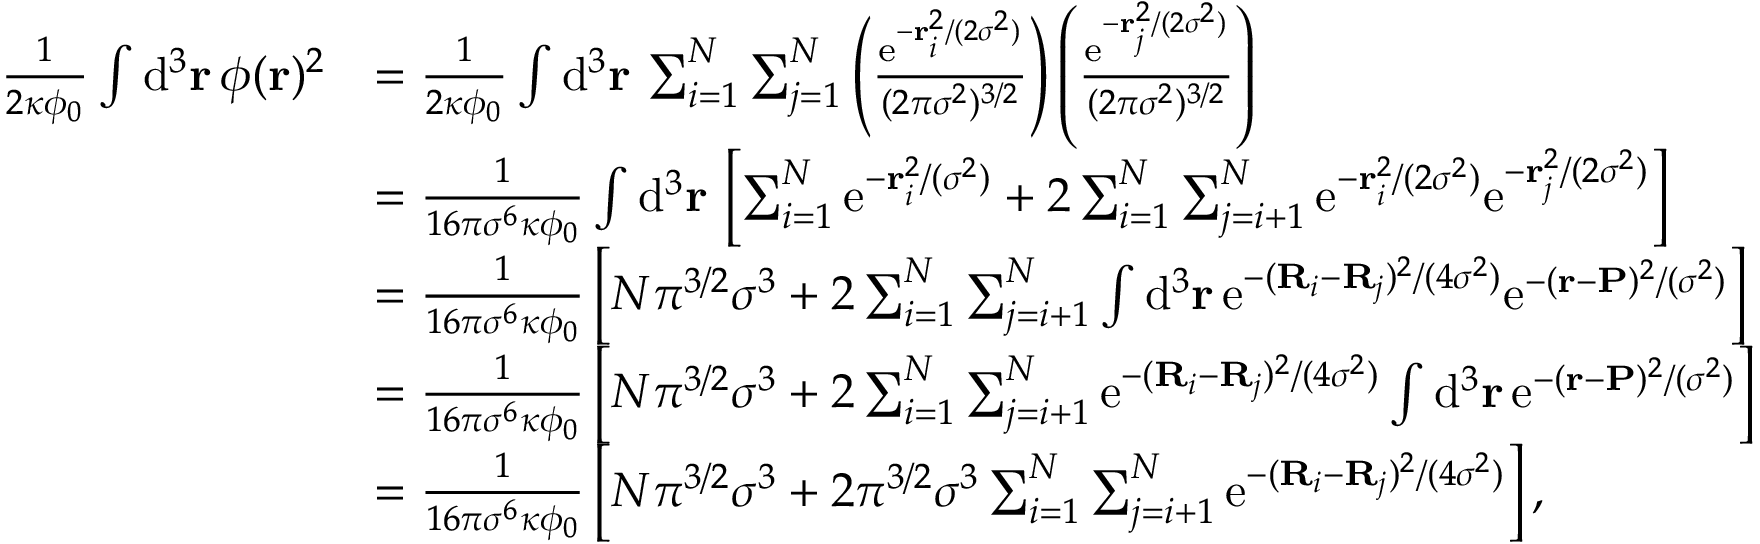
\begin{array} { r l } { \frac { 1 } { 2 \kappa \phi _ { 0 } } \int \mathrm { d } ^ { 3 } \mathbf { r } \, \phi ( \mathbf { r } ) ^ { 2 } } & { = \frac { 1 } { 2 \kappa \phi _ { 0 } } \int \mathrm { d } ^ { 3 } \mathbf { r } \, \sum _ { i = 1 } ^ { N } \sum _ { j = 1 } ^ { N } \left( \frac { \mathrm { e } ^ { - \mathbf { r } _ { i } ^ { 2 } / ( 2 \sigma ^ { 2 } ) } } { ( 2 \pi \sigma ^ { 2 } ) ^ { 3 / 2 } } \right) \left( \frac { \mathrm { e } ^ { - \mathbf { r } _ { j } ^ { 2 } / ( 2 \sigma ^ { 2 } ) } } { ( 2 \pi \sigma ^ { 2 } ) ^ { 3 / 2 } } \right) } \\ & { = \frac { 1 } { 1 6 \pi \sigma ^ { 6 } \kappa \phi _ { 0 } } \int \mathrm { d } ^ { 3 } \mathbf { r } \, \left[ \sum _ { i = 1 } ^ { N } \mathrm { e } ^ { - \mathbf { r } _ { i } ^ { 2 } / ( \sigma ^ { 2 } ) } + 2 \sum _ { i = 1 } ^ { N } \sum _ { j = i + 1 } ^ { N } \mathrm { e } ^ { - \mathbf { r } _ { i } ^ { 2 } / ( 2 \sigma ^ { 2 } ) } \mathrm { e } ^ { - \mathbf { r } _ { j } ^ { 2 } / ( 2 \sigma ^ { 2 } ) } \right] } \\ & { = \frac { 1 } { 1 6 \pi \sigma ^ { 6 } \kappa \phi _ { 0 } } \left[ N \pi ^ { 3 / 2 } \sigma ^ { 3 } + 2 \sum _ { i = 1 } ^ { N } \sum _ { j = i + 1 } ^ { N } \int \mathrm { d } ^ { 3 } \mathbf { r } \, \mathrm { e } ^ { - ( \mathbf { R } _ { i } - \mathbf { R } _ { j } ) ^ { 2 } / ( 4 \sigma ^ { 2 } ) } \mathrm { e } ^ { - ( \mathbf { r } - \mathbf { P } ) ^ { 2 } / ( \sigma ^ { 2 } ) } \right] } \\ & { = \frac { 1 } { 1 6 \pi \sigma ^ { 6 } \kappa \phi _ { 0 } } \left[ N \pi ^ { 3 / 2 } \sigma ^ { 3 } + 2 \sum _ { i = 1 } ^ { N } \sum _ { j = i + 1 } ^ { N } \mathrm { e } ^ { - ( \mathbf { R } _ { i } - \mathbf { R } _ { j } ) ^ { 2 } / ( 4 \sigma ^ { 2 } ) } \int \mathrm { d } ^ { 3 } \mathbf { r } \, \mathrm { e } ^ { - ( \mathbf { r } - \mathbf { P } ) ^ { 2 } / ( \sigma ^ { 2 } ) } \right] } \\ & { = \frac { 1 } { 1 6 \pi \sigma ^ { 6 } \kappa \phi _ { 0 } } \left[ N \pi ^ { 3 / 2 } \sigma ^ { 3 } + 2 \pi ^ { 3 / 2 } \sigma ^ { 3 } \sum _ { i = 1 } ^ { N } \sum _ { j = i + 1 } ^ { N } \mathrm { e } ^ { - ( \mathbf { R } _ { i } - \mathbf { R } _ { j } ) ^ { 2 } / ( 4 \sigma ^ { 2 } ) } \right] , } \end{array}